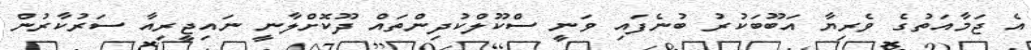
އެ ޖަމާއަތުގެ ވެރިޔާ އަބޫބަކުރު ބުނެފައި ވަނީ ސްކޫލްކުދިންތައް ދޫކޮށްލާނީ ނައިޖީރިއާ ސަރުކާރުން